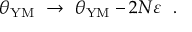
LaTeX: \theta _ { \mathrm { Y M } } ~ \to ~ \theta _ { \mathrm { Y M } } - 2 N \varepsilon ~ ~ .